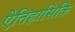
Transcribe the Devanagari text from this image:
ऐतिहासिकि